Leaving Certificate Examination (including Day School Certificate (Higher) General paper), 1938
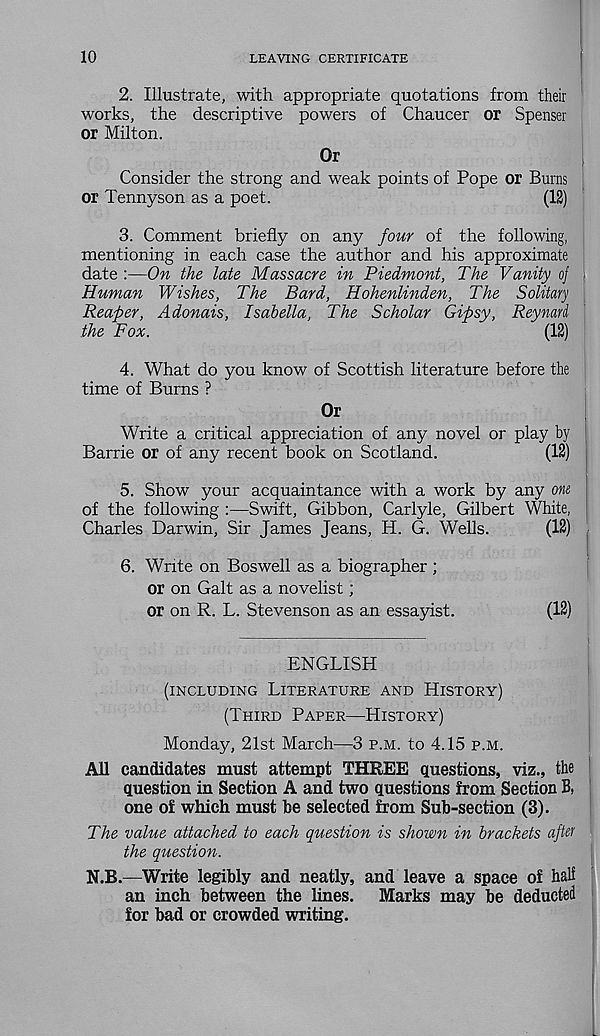
10
LEAVING CERTIFICATE
2.
Illustrate, with approp
works, the descriptive powers of Chaucer or Spenser
or Milton.
Or
Consider the strong and weak points of Pope or Burns
or Tennyson as a poet.
(12)
3. Comment briefly on any four of the following,
mentioning in each case the author and his approximate
date :—On the late Massacre in Piedmont, The Vanity oj
Human Wishes, The Bard, Hohenlinden, The Solitary
Reaper, Adonais, Isabella, The Scholar Gipsy, Reynard
the Fox.
(12)
4. What do you know of Scottish literature before the
time of Burns ?
Or
Write a critical appreciation of any novel or play by !
Barrie or of any recent book on Scotland.
(12)
5. Show your acquaintance with a work by any om j
of the following :—Swift, Gibbon, Carlyle, Gilbert White,
Charles Darwin, Sir James Jeans, H. G. Wells.
(12) ,
6. Write on Boswell as a biographer;
or on Galt as a novelist;
or on R. L. Stevenson as an essayist.
(12)
ENGLISH
(INCLUDING LITERATURE AND HISTORY)
(THIRD PAPER—HISTORY)
Monday, 21st March—3 P.M. to 4.15 P.M.
All candidates must attempt THREE questions, viz., the
question in Section A and two questions from Section B,
one of which must he selected from Sub-section (3).
The value attached to each question is shown in brackets ajUr
the question.
N.B.—Write legibly and neatly, and leave a space of hall
an inch between the lines. Marks may be deducted
for bad or crowded writing.